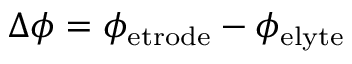
\Delta \phi = \phi _ { \mathrm { e t r o d e } } - \phi _ { \mathrm { e l y t e } }